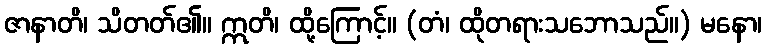
ဇာနာတိ၊ သိတတ်၏။ ဣတိ၊ ထို့ကြောင့်။ (တံ၊ ထိုတရားသဘောသည်။) မနော၊